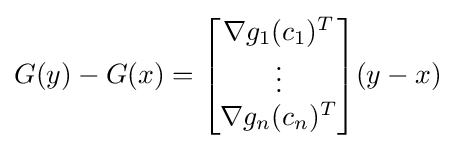
G(y)-G(x)={\begin{bmatrix}\nabla g_{1}(c_{1})^{T}\\\vdots \\\nabla g_{n}(c_{n})^{T}\end{bmatrix}}(y-x)